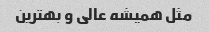
مثل همیشه عالی و بهترین